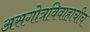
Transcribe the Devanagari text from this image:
असगोत्रविवाहाचीच